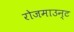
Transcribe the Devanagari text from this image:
रोजमाउन्ट